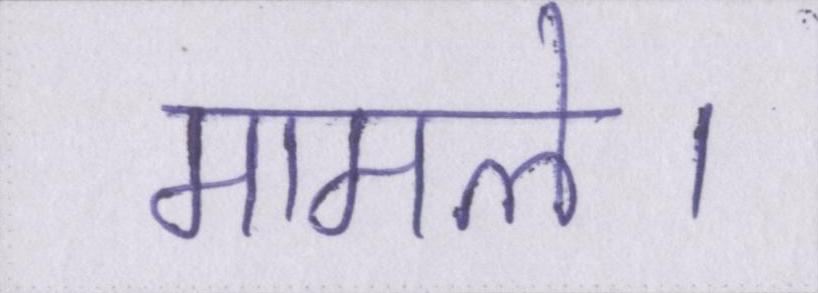
मामले।